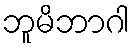
ဘူမိဘာဂါ